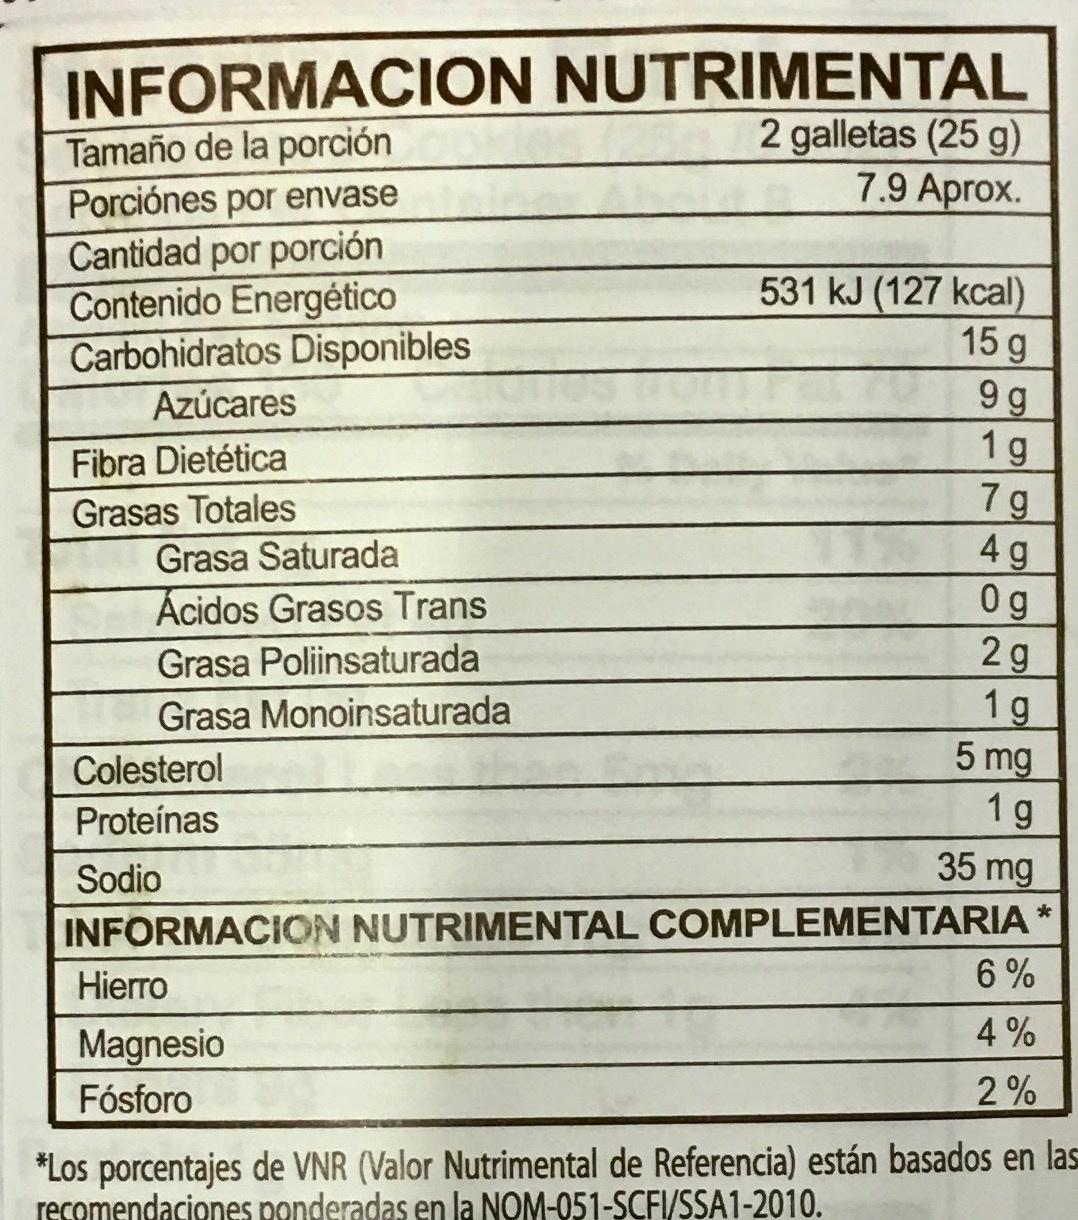
INFORMACION Tamaño de la porción
Porciónes por envase Cantidad por porción
Contenido Energético
Carbohidratos Disponibles
Azúcares
Fibra Dietética
Grasas Totales
Grasa Saturada
Ácidos Grasos Trans
Grasa Poliinsaturada
Grasa Monoinsaturada
Colesterol
Proteínas
Sodio
NUTRIMENTAL 2 galletas (25 g)
7.9 Aprox.
7g
4g
Og
2g
1g
5 mg
1g
35 mg
INFORMACION NUTRIMENTAL COMPLEMENTARIA *
Hierro
Magnesio
Fósforo
531 kJ (127 kcal)
15 g
9g
1g
6%
4%
2%
*Los porcentajes de VNR (Valor Nutrimental de Referencia) están basados en las recomendaciones ponderadas en la NOM-051-SCFI/SSA1-2010.